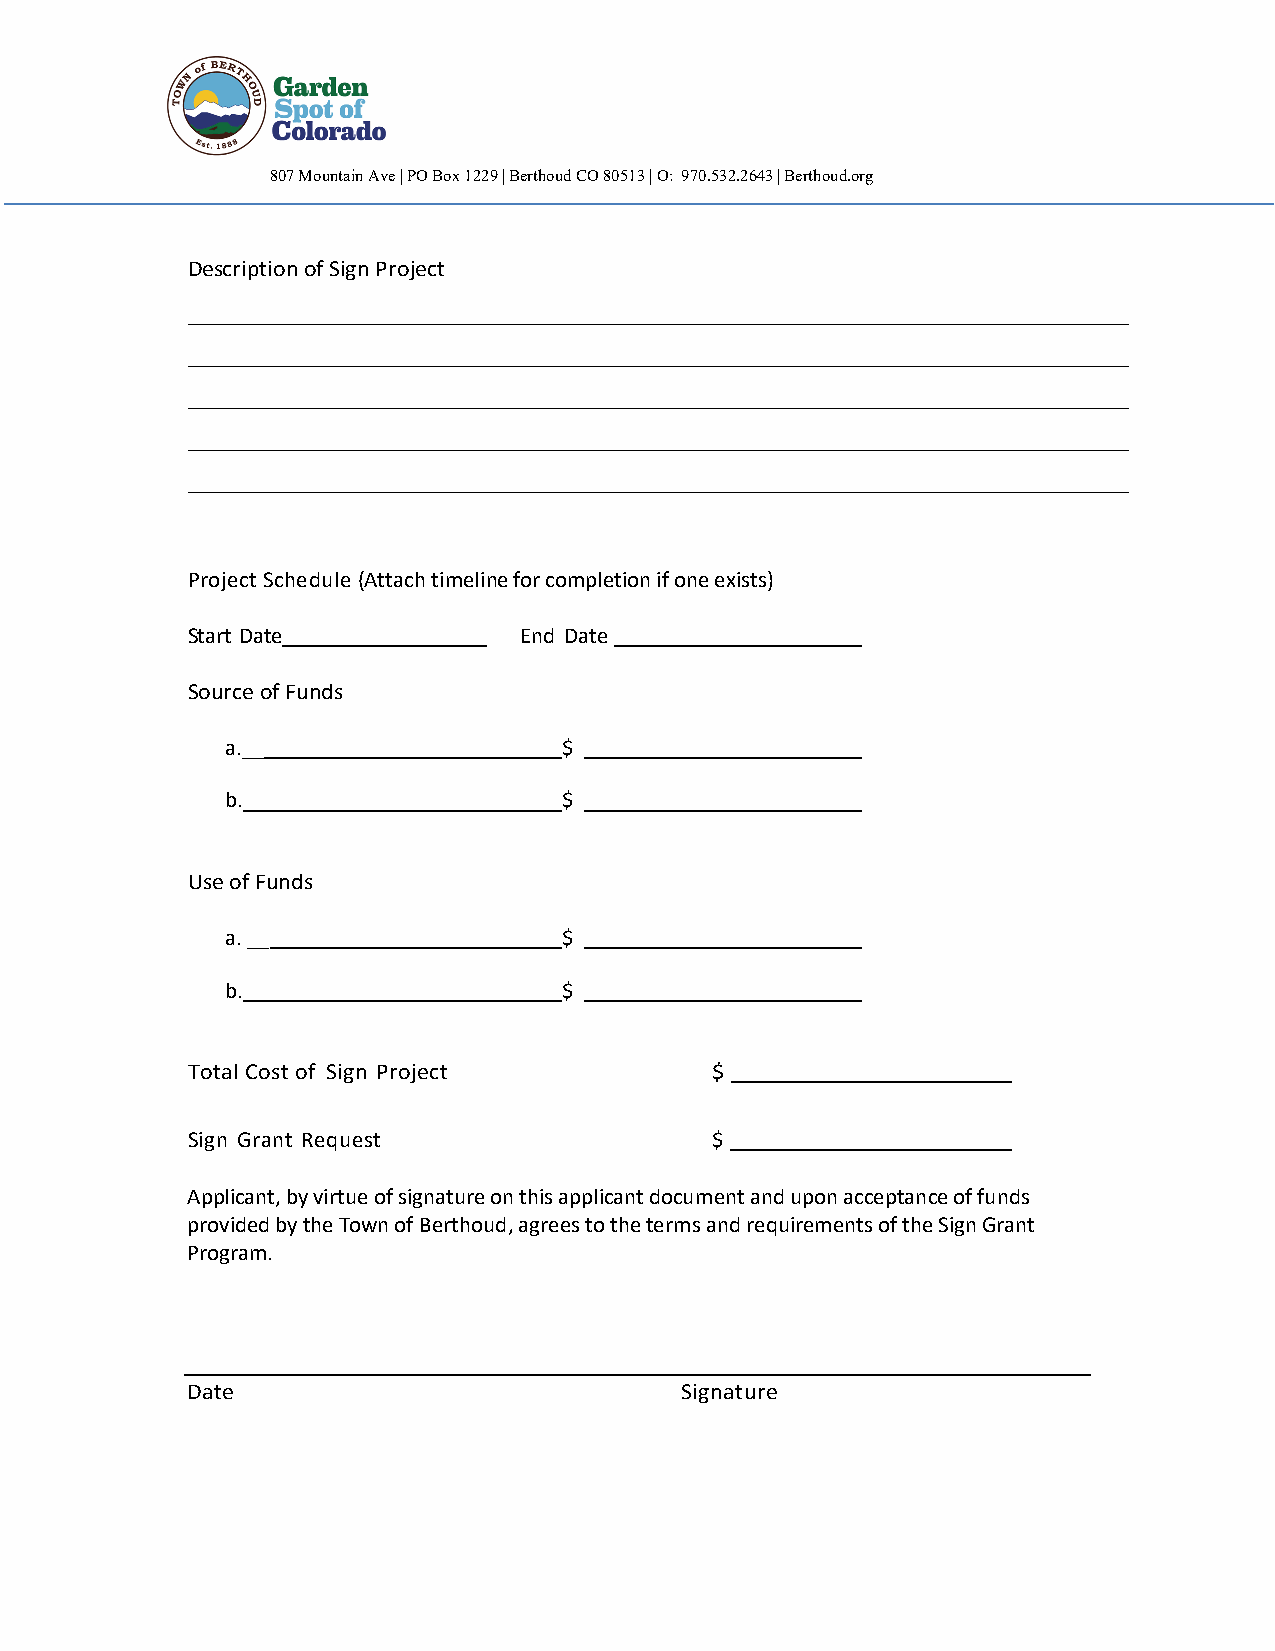
807 Mountain Ave | PO Box 1229 | Berthoud CO 80513 | O: 970.532.2643 | Berthoud.org
 Description of Sign Project
 _____________________________________________________________________________________________________________________________________________________________________
 _____________________________________________________________________________________________________________________________________________________________________
 _____________________________________________________________________________________________________________________________________________________________________
 _____________________________________________________________________________________________________________________________________________________________________
 _____________________________________________________________________________________________________________________________________________________________________
 Project Schedule (Attach timeline for completion if one exists)
 Start Date            End Date
 Source of Funds
 a.__                  $
 b.                    $
 Use of Funds
 a.__                  $
 b.                    $
 Total Cost of Sign Project         $
 Sign Grant Request                 $
 Applicant, by virtue of signature on this applicant document and upon acceptance of funds
 provided by the Town of Berthoud, agrees to the terms and requirements of the Sign Grant
 Program.
 Date                             Signature